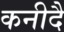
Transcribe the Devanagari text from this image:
कनीदै